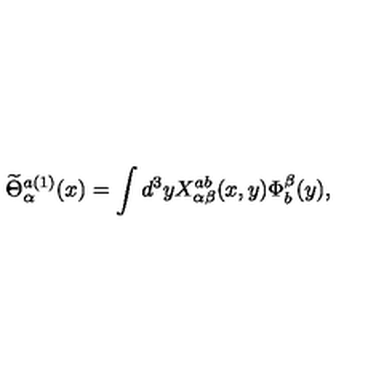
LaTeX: \widetilde { \Theta } _ { \alpha } ^ { a ( 1 ) } ( x ) = \int d ^ { 3 } y X _ { \alpha \beta } ^ { a b } ( x , y ) \Phi _ { b } ^ { \beta } ( y ) ,